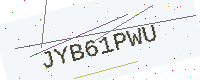
Text: JYB61PWU